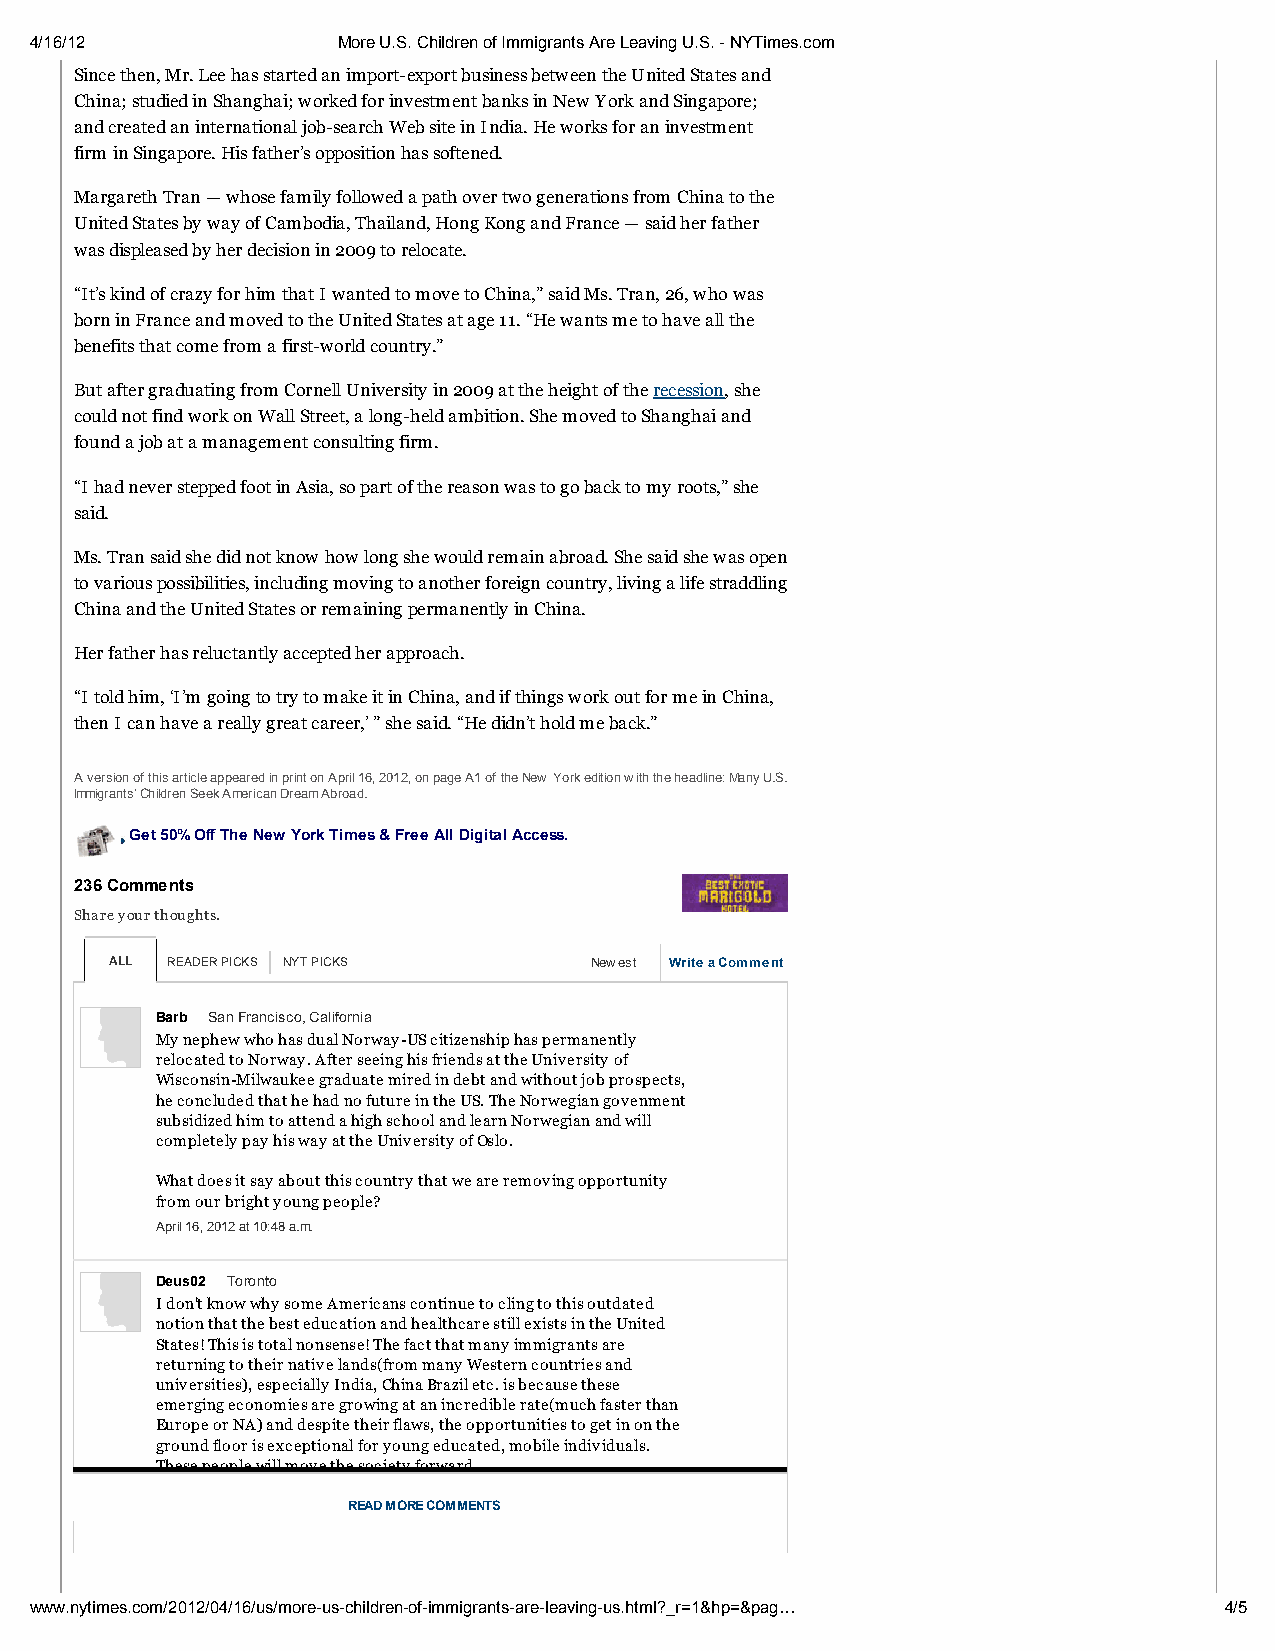
4/16/12             More U.S. Children of Immigrants Are Leaving U.S. - NYTimes.com
 Since then, Mr. Lee has started an import-export business between the United States and
 China; studied in Shanghai; worked for investment banks in New York and Singapore;
 and created an international job-search Web site in India. He works for an investment
 firm in Singapore. His father’s opposition has softened.
 Margareth Tran — whose family followed a path over two generations from China to the
 United States by way of Cambodia, Thailand, Hong Kong and France — said her father
 was displeased by her decision in 2009 to relocate.
 “It’s kind of crazy for him that I wanted to move to China,” said Ms. Tran, 26, who was
 born in France and moved to the United States at age 11. “He wants me to have all the
 benefits that come from a first-world country.”
 But after graduating from Cornell University in 2009 at the height of the recession, she
 could not find work on Wall Street, a long-held ambition. She moved to Shanghai and
 found a job at a management consulting firm.
 “I had never stepped foot in Asia, so part of the reason was to go back to my roots,” she
 said.
 Ms. Tran said she did not know how long she would remain abroad. She said she was open
 to various possibilities, including moving to another foreign country, living a life straddling
 China and the United States or remaining permanently in China.
 Her father has reluctantly accepted her approach.
 “I told him, ‘I’m going to try to make it in China, and if things work out for me in China,
 then I can have a really great career,’ ” she said. “He didn’t hold me back.”
 A version of this article appeared in print on April 16, 2012, on page A1 of the New York edition with the headline: Many U.S.
 Immigrants’ Children Seek American Dream Abroad.
 Get 50% Off The New York Times & Free All Digital Access.
 236 Comments
 Share your thoughts.
 ALL READER PICKS NYT PICKS      Newest Write a Comment
 Barb San Francisco, California
 My nephew who has dual Norway-US citizenship has permanently
 relocated to Norway. After seeing his friends at the University of
 Wisconsin-Milwaukee graduate mired in debt and without job prospects,
 he concluded that he had no future in the US. The Norwegian govenment
 subsidized him to attend a high school and learn Norwegian and will
 completely pay his way at the University of Oslo.
 What does it say about this country that we are removing opportunity
 from our bright young people?
 April 16, 2012 at 10:48 a.m.
 Deus02 Toronto
 I don't know why some Americans continue to cling to this outdated
 notion that the best education and healthcare still exists in the United
 States! This is total nonsense! The fact that many immigrants are
 returning to their native lands(from many Western countries and
 universities), especially India, China Brazil etc. is because these
 emerging economies are growing at an incredible rate(much faster than
 Europe or NA) and despite their flaws, the opportunities to get in on the
 ground floor is exceptional for young educated, mobile individuals.
 These people will move the society forward.
 READ MORE COMMENTS
 www.nytimes.com/2012/04/16/us/more-us-children-of-immigrants-are-leaving-us.html?_r=1&hp=&pag… 4/5